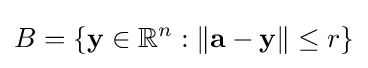
B=\{\mathbf {y} \in \mathbb {R} ^{n}:\left\|\mathbf {a} -\mathbf {y} \right\|\leq r\}